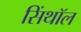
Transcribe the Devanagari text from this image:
सिंथॉल